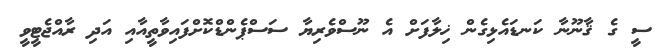
ސީ ގެ ޤާނޫނާ ކަނޑައެޅިގެން ޚިލާފަށް އެ ނޫސްވެރިޔާ ސަސްޕެންޑްކޮށްފައިވާތީއާއި އަދި ރާއްޖެޓީވީ